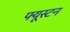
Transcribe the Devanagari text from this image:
फ्यूस्टन